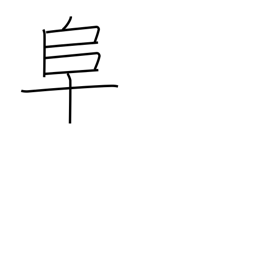
Meaning: left village radical (no. 170)